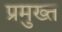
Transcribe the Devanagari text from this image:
प्रमुख्त